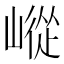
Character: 嵷